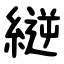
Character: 縌